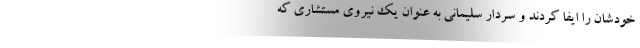
خودشان را ایفا کردند و سردار سلیمانی به عنوان یک نیروی مستشاری که